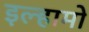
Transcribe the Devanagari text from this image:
इल्हामो